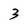
Character: 3